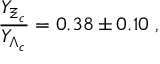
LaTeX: \frac { Y _ { \Xi _ { c } } } { Y _ { \Lambda _ { c } } } = 0 . 3 8 \pm 0 . 1 0 \; ,